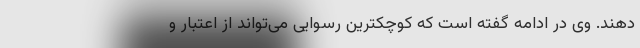
دهند. وی در ادامه گفته است که کوچکترین رسوایی می‌تواند از اعتبار و